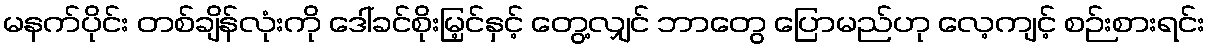
မနက်ပိုင်း တစ်ချိန်လုံးကို ဒေါ်ခင်စိုးမြ့င်နှင့် တွေ့လျှင် ဘာတွေ ပြောမည်ဟု လေ့ကျင့် စဉ်းစားရင်း